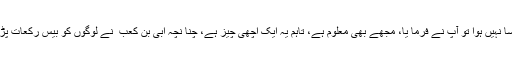
پہلے ایسا نہیں ہوا تو آپ نے فرما یا، مجھے بھی معلوم ہے، تاہم یہ ایک اچھی چیز ہے، چنا نچہ ابی بن کعب ؓ نے لوگوں کو بیس رکعات پڑ ھائیں ۔